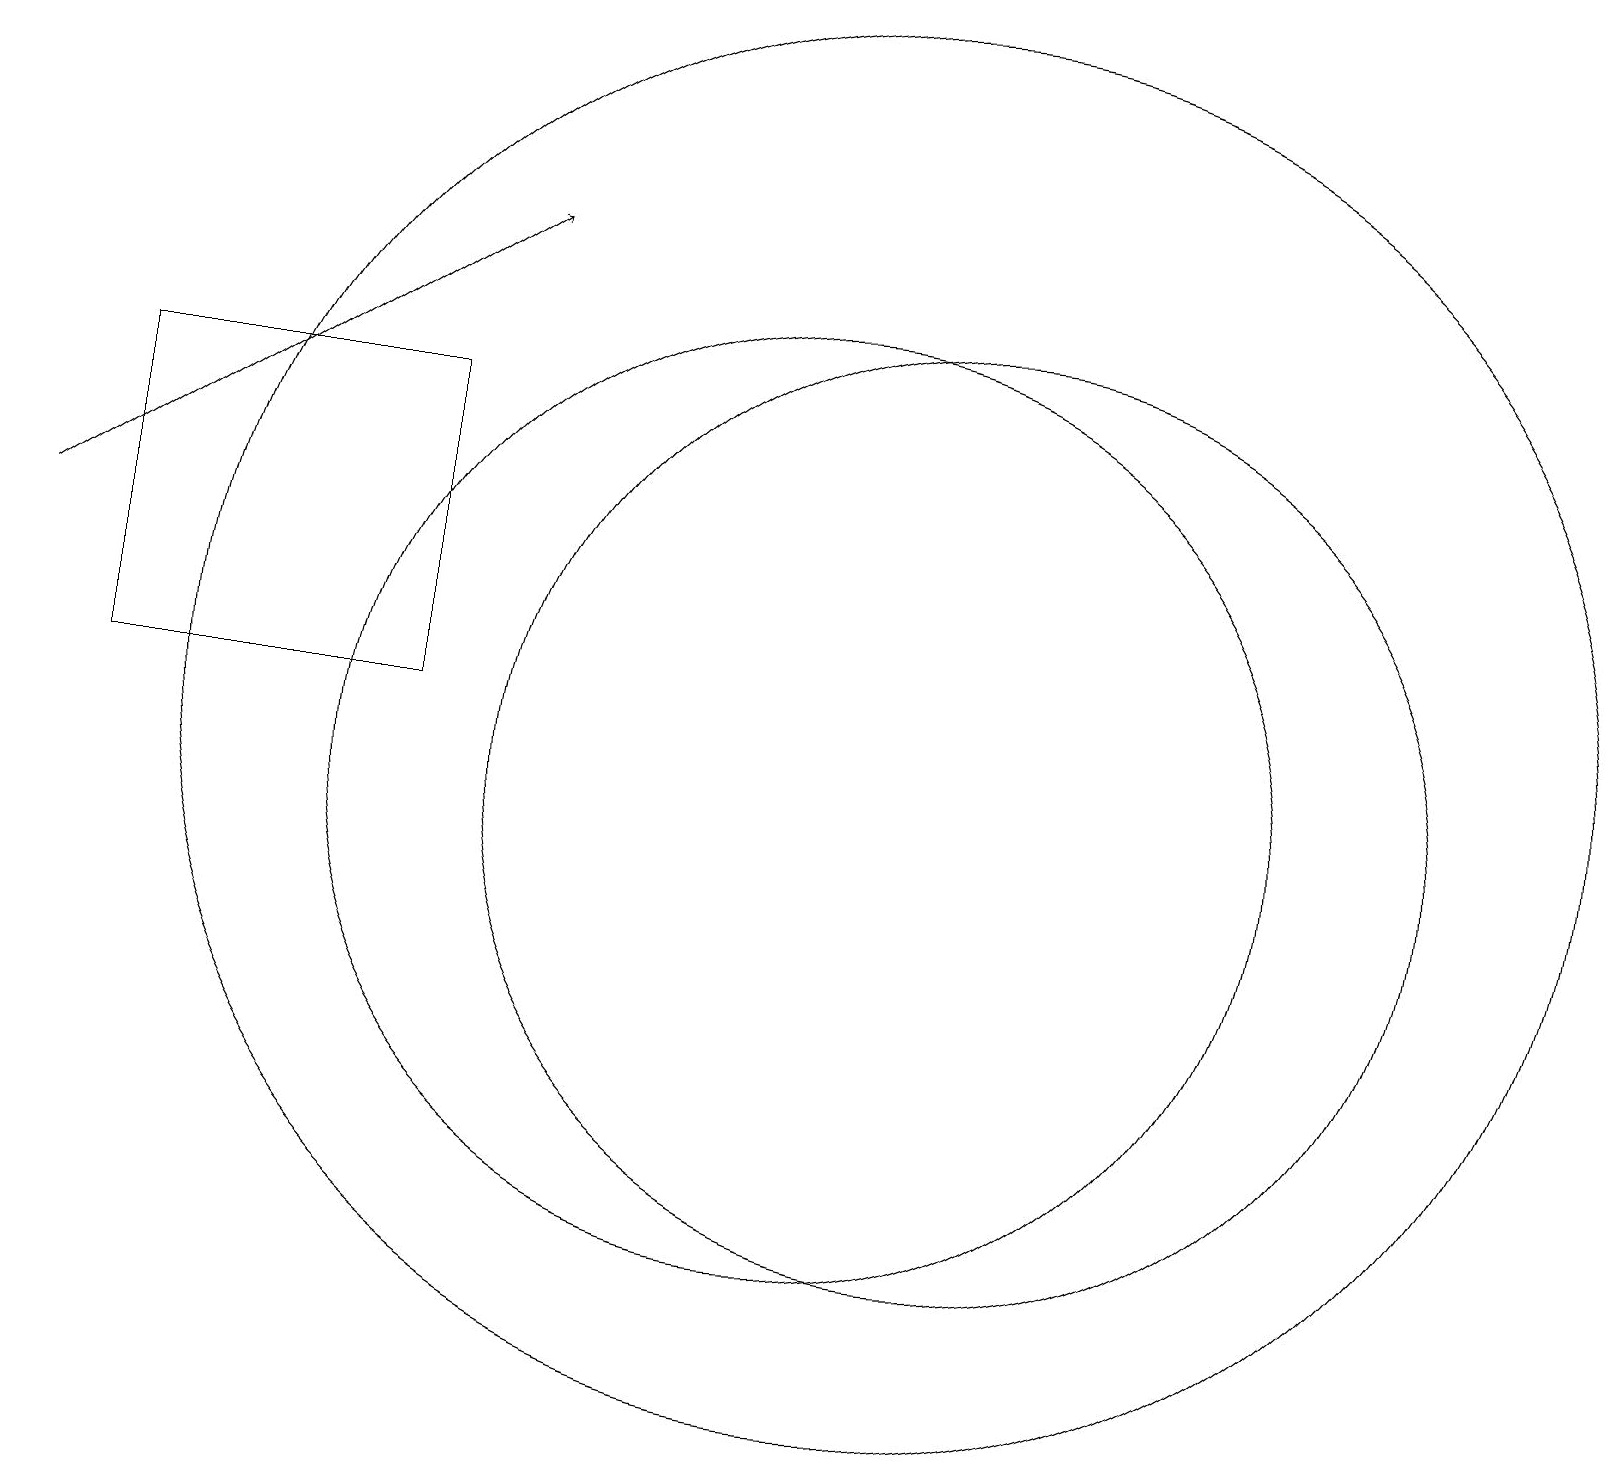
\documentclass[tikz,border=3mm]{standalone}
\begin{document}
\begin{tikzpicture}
\draw[->] (0,13) -- (6,17);
\draw (5,15) rectangle (1,11);
\draw (12,10) circle (6);
\draw (10,10) circle (6);
\draw (11,11) circle (9);
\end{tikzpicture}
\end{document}